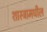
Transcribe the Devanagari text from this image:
शास्त्रामधील